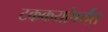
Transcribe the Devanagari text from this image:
टककयांपर्यंत